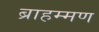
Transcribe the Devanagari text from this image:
ब्राहम्मण